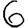
Digit: 6